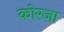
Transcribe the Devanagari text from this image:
कोरजा